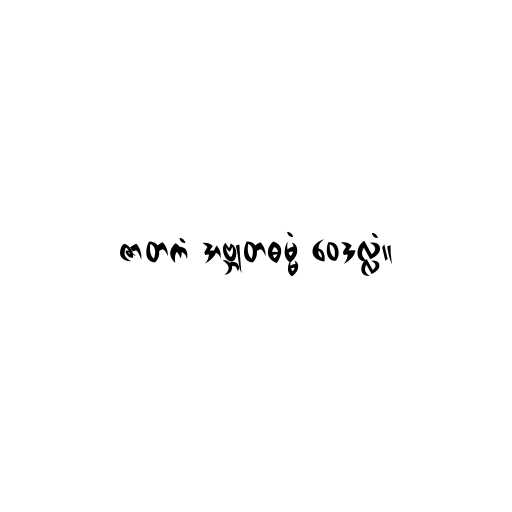
ဇာတကံ အဗ္ဘုတဓမ္မံ ဝေဒလ္လံ။